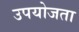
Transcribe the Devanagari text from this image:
उपयोजता